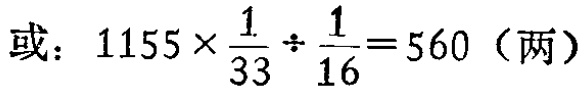
或：\(1155\times\frac{1}{33}\div\frac{1}{16}=560\)（两）